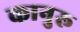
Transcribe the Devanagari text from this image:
कानुरू